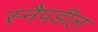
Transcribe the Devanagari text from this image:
स्नैपडील